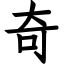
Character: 奇